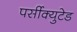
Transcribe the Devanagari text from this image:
पर्सीक्युटेड